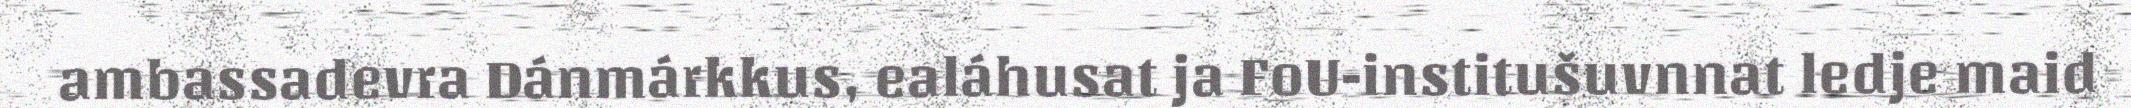
ambassadevra Dánmárkkus, ealáhusat ja FoU-institušuvnnat ledje maid